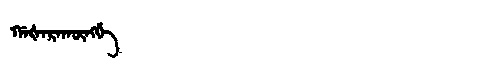
Manchu: ᡤᠠᡧᠠᡵᠠᡴᡡᠩᡤᡝ
Romanization: GAŠARAKŪNGGE